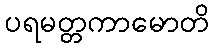
ပရမတ္တကာမောတိ